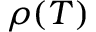
\rho ( T )